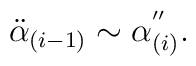
\ddot{\alpha}_{(i-1)} \sim \alpha^{''}_{(i)}.